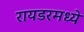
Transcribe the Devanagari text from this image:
रायडरमध्ये